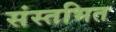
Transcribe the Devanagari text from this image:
संस्तभित